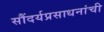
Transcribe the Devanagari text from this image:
सौंदर्यप्रसाधनांची